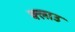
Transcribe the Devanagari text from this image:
क्लाउ